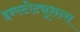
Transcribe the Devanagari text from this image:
इन्स्टीट्यूशन्स